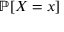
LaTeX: \mathbb { P } [ X = x ]